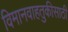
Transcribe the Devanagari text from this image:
विमानवाहतुकीसाठी